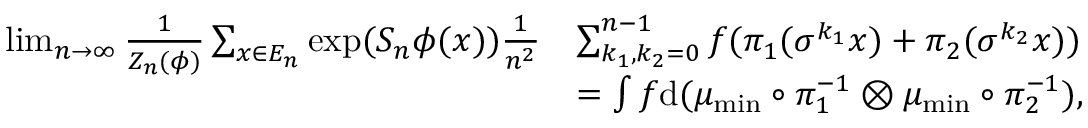
\begin{array} { r l } { \operatorname* { l i m } _ { n \to \infty } \frac { 1 } { Z _ { n } ( \phi ) } \sum _ { x \in E _ { n } } \exp ( S _ { n } \phi ( x ) ) \frac { 1 } { n ^ { 2 } } } & { \sum _ { k _ { 1 } , k _ { 2 } = 0 } ^ { n - 1 } f ( \pi _ { 1 } ( \sigma ^ { k _ { 1 } } x ) + \pi _ { 2 } ( \sigma ^ { k _ { 2 } } x ) ) } \\ & { = \int f \mathrm { d } ( \mu _ { \mathrm { m i n } } \circ \pi _ { 1 } ^ { - 1 } \otimes \mu _ { \mathrm { m i n } } \circ \pi _ { 2 } ^ { - 1 } ) , } \end{array}